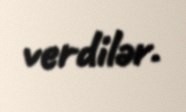
verdilər.